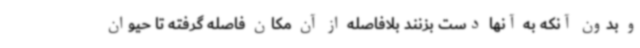
و بدون آنکه به آنها دست بزنند بلافاصله از آن مکان فاصله گرفته تا حیوان